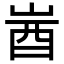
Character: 𡷾